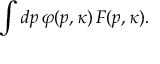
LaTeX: \int d p \, \varphi ( p , \kappa ) \, F ( p , \kappa ) .